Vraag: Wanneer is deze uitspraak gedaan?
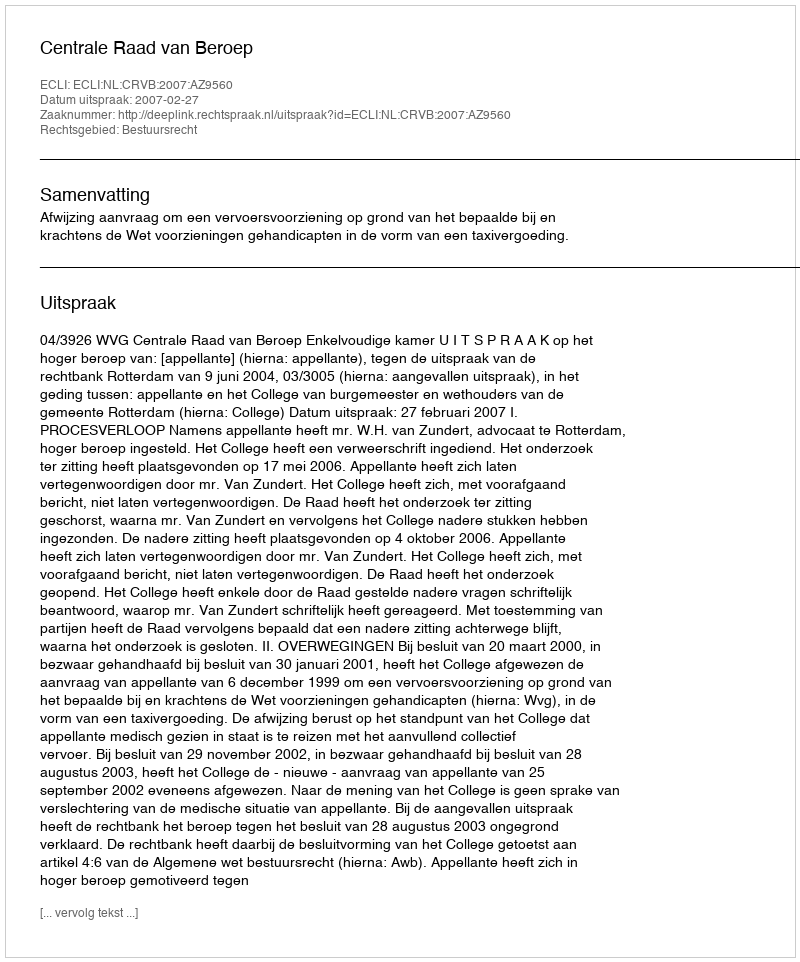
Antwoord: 2007-02-27